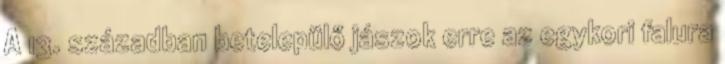
A 13. században betelepülő jászok erre az egykori falura